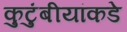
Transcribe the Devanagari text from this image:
कुटुंबीयांकडे